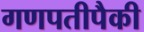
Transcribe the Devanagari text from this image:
गणपतीपैकी